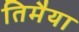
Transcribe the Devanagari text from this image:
तिमैया